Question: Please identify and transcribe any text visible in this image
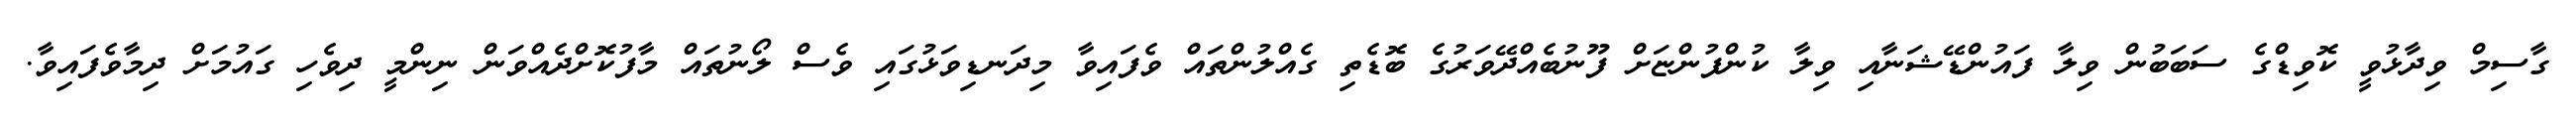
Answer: ގާސިމް ވިދާޅުވީ ކޮވިޑްގެ ސަބަބުން ވިލާ ފައުންޑޭޝަނާއި ވިލާ ކުންފުންޏަށް ފޫނުބެއްދޭވަރުގެ ބޮޑެތި ގެއްލުންތައް ވެފައިވާ މިދަނޑިވަޅުގައި ވެސް ލޯނުތައް މާފުކޮށްދެއްވަން ނިންމީ ދިވެހި ގައުމަށް ދިމާވެފައިވާ.